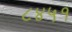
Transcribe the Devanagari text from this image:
८४५१